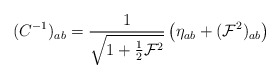
\begin{align*}(C^{-1})_{ab} = {1\over \sqrt{1+{1\over2}{\cal F}^2}} \left(\eta_{ab} + ({\cal F}^2)_{ab} \right) \end{align*}